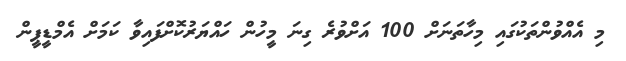
މި އެއްވުންތަކުގައި މިހާތަނަށް 100 އަށްވުރެ ގިނަ މީހުން ހައްޔަރުކޮށްފައިވާ ކަމަށް އެމްޑީޕީން